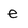
Character: e